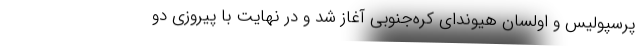
پرسپولیس و اولسان هیوندای کره‌جنوبی آغاز شد و در نهایت با پیروزی دو